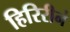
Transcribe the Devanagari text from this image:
हिरिरीनं